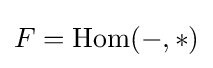
F=\operatorname {Hom} (-,*)